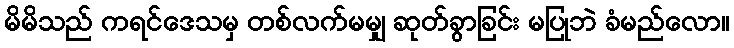
မိမိသည် ကရင်ဒေသမှ တစ်လက်မမျှ ဆုတ်ခွာခြင်း မပြုဘဲ ခံမည်လော။